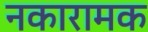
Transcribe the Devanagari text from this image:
नकारामक